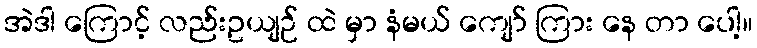
အဲဒါ ကြောင့် လည်းဥယျဉ် ထဲ မှာ နံမယ် ကျော် ကြား နေ တာ ပေါ့။